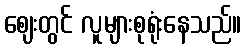
ဈေးတွင် လူများစုရုံးနေသည်။